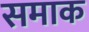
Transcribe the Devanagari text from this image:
समाक